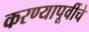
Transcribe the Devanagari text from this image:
करण्यापूर्वीचे